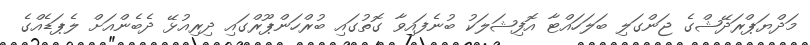
މަދްޔަޕްރަދޭޝްގެ ޖަންގަލި ބަލަހައްޓާ އޮފިޝަލަކު ބުނެފައިވާ ގޮތުގައި ބުރްހަންޕޫރްގައި ދިރިއުޅޭ ދެބެންއަށް ލެޕަޑެއްގެ